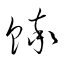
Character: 蟀